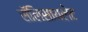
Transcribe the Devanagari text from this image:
सॅलिसायलेट